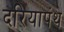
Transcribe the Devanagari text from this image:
दरियापंथ